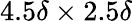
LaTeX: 4.5\delta\times 2.5\delta